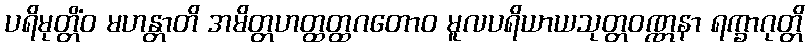
ပရိမုတ္တိံဝ မဟန္တာတိ အမိတ္တဟတ္ထတ္ထဂတောဝ မူလပရိယာယသုတ္တဝဏ္ဏနာ ရက္ခာဂုတ္တိ